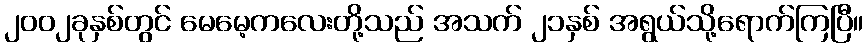
၂၀၀၂ခုနှစ်တွင် မေမေ့ကလေးတို့သည် အသက် ၂၁နှစ် အရွယ်သို့ရောက်ကြပြီ။